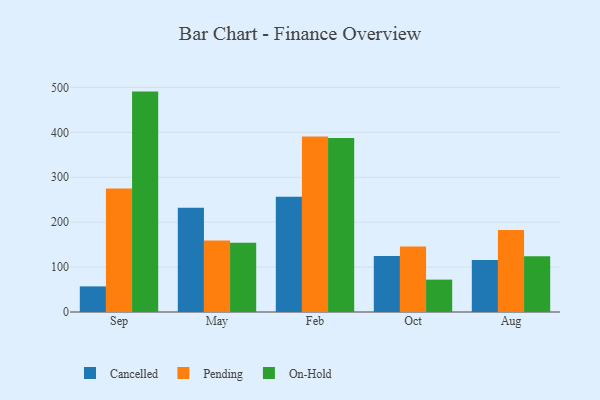
{"axis": {"x": "Month", "y": "Website Visitors"}, "legend": ["Cancelled", "On-Hold", "Pending"], "data": [{"x": "Sep", "y": 57.0, "type": "Cancelled"}, {"x": "Sep", "y": 275.1, "type": "Pending"}, {"x": "Sep", "y": 490.7, "type": "On-Hold"}, {"x": "May", "y": 232.2, "type": "Cancelled"}, {"x": "May", "y": 159.1, "type": "Pending"}, {"x": "May", "y": 154.1, "type": "On-Hold"}, {"x": "Feb", "y": 256.8, "type": "Cancelled"}, {"x": "Feb", "y": 390.5, "type": "Pending"}, {"x": "Feb", "y": 387.6, "type": "On-Hold"}, {"x": "Oct", "y": 124.5, "type": "Cancelled"}, {"x": "Oct", "y": 145.9, "type": "Pending"}, {"x": "Oct", "y": 72.1, "type": "On-Hold"}, {"x": "Aug", "y": 115.7, "type": "Cancelled"}, {"x": "Aug", "y": 182.5, "type": "Pending"}, {"x": "Aug", "y": 124.1, "type": "On-Hold"}]}